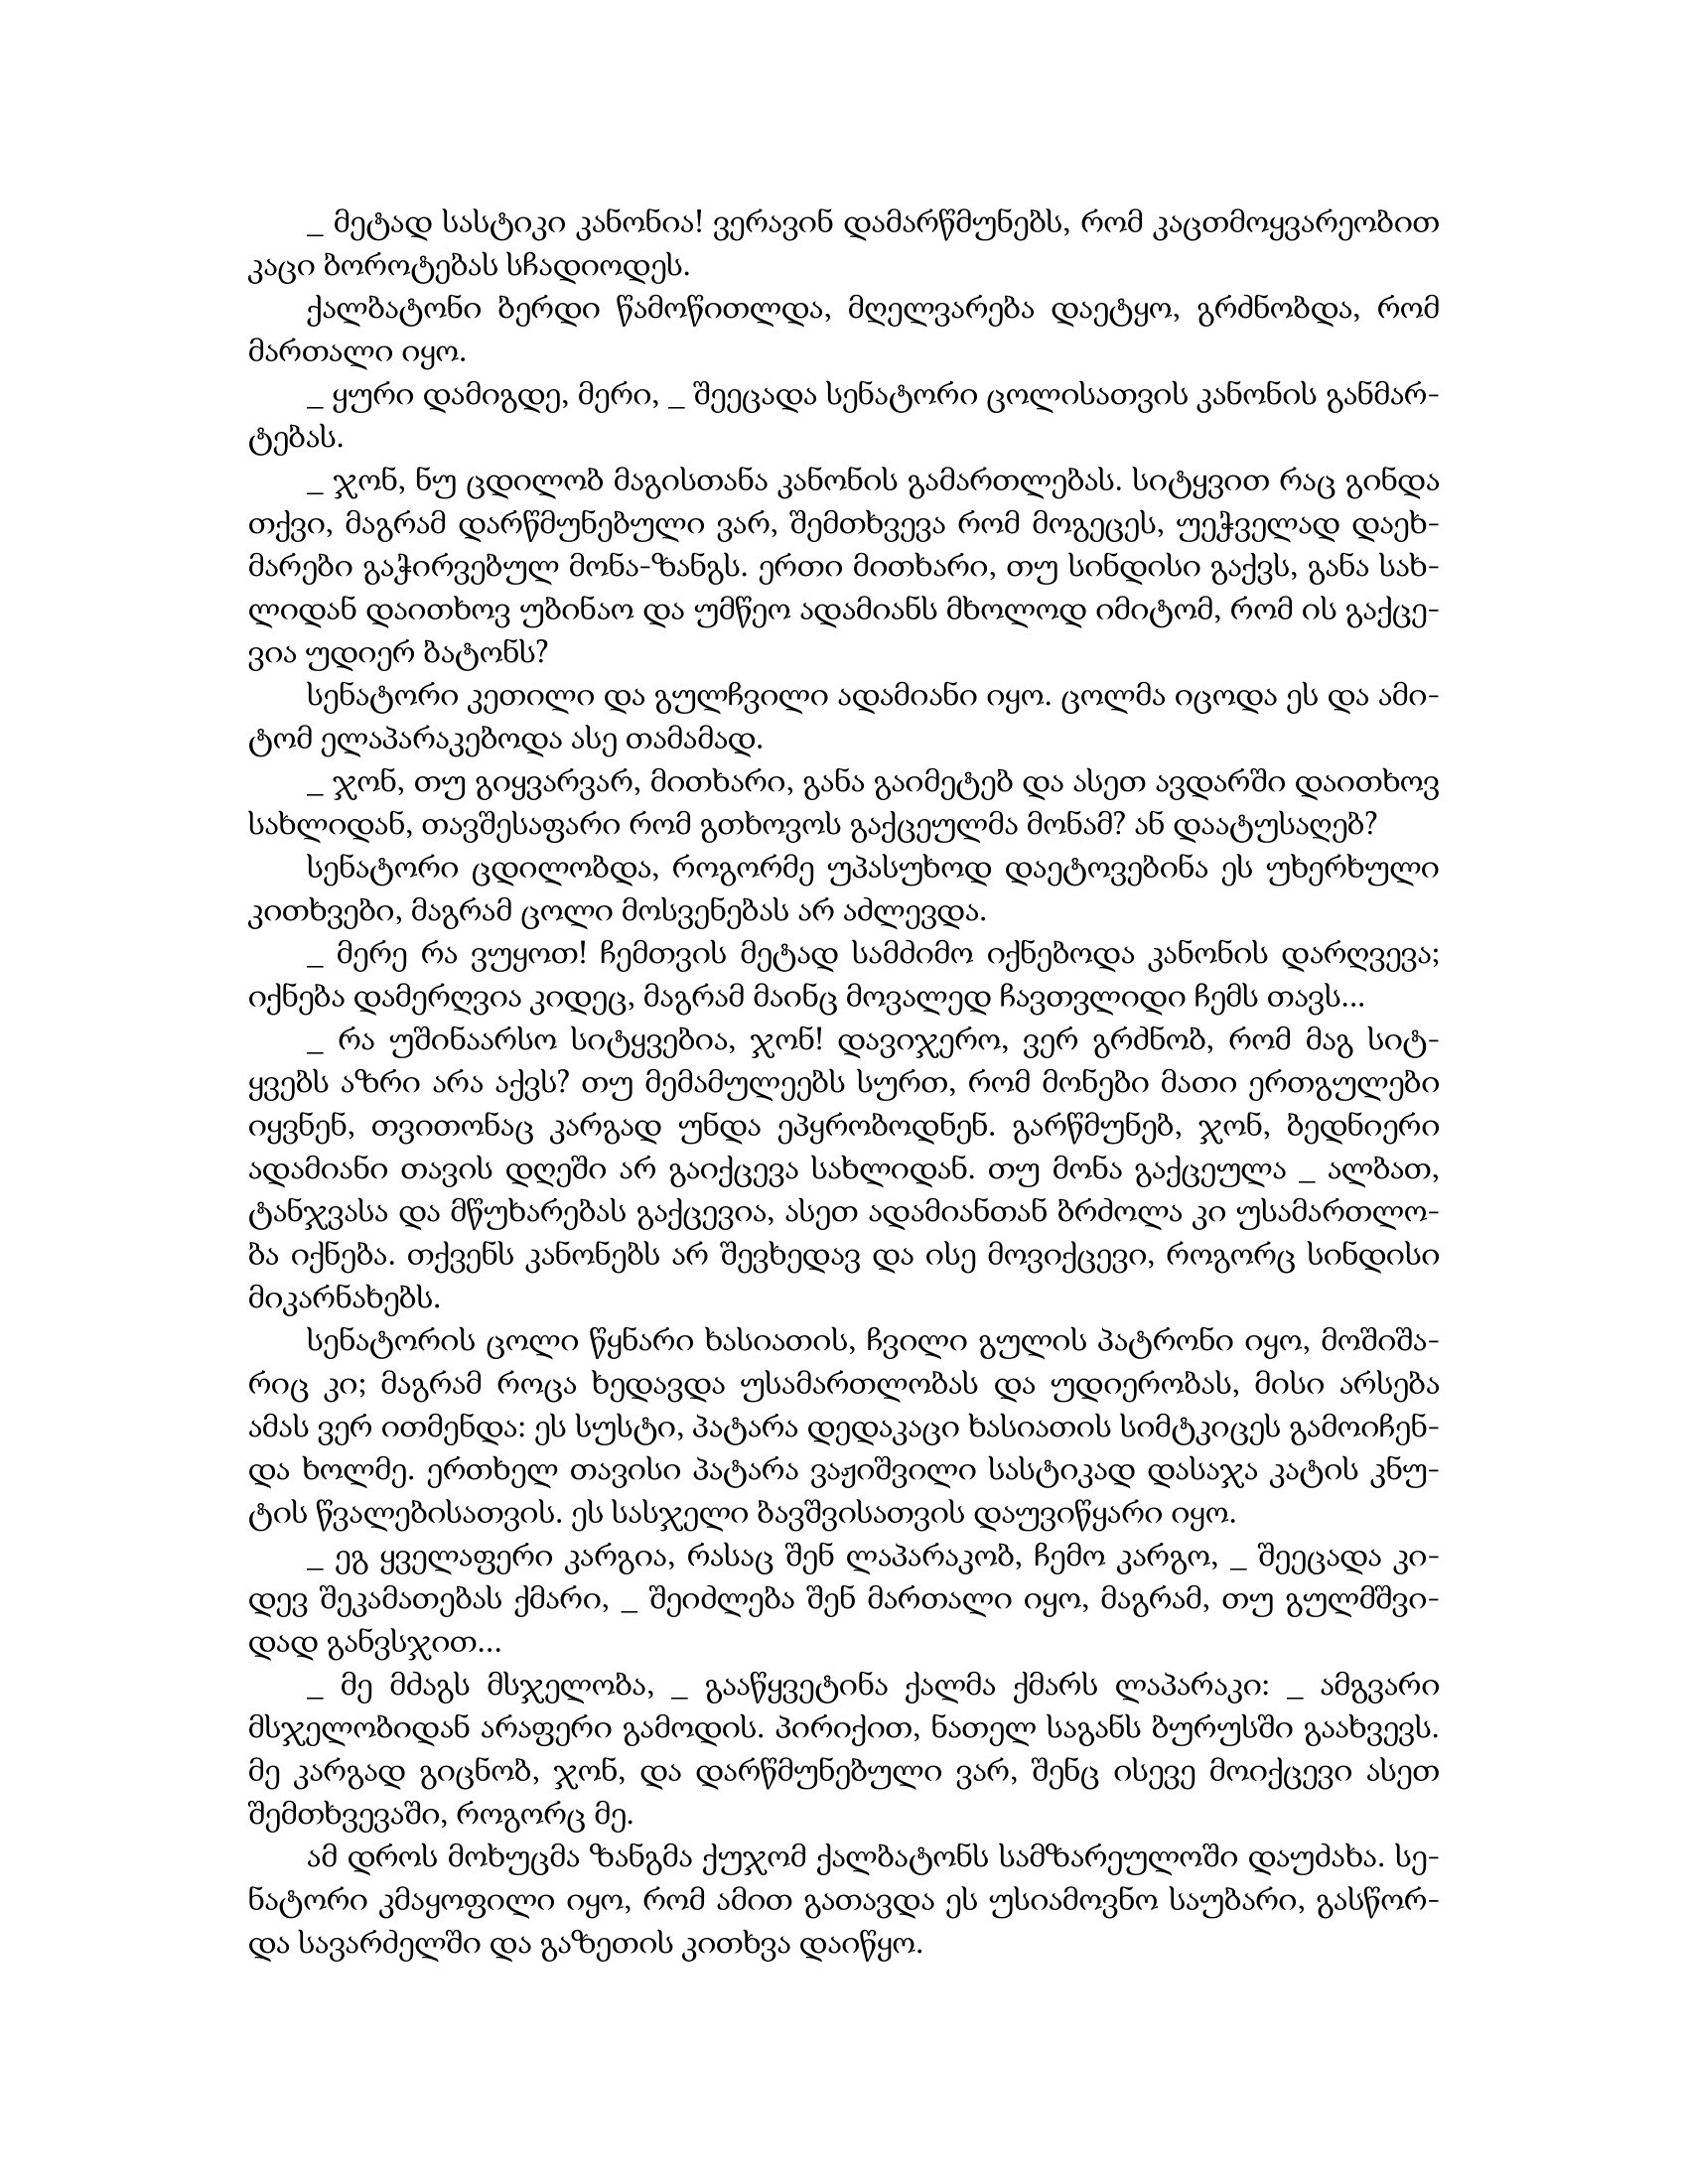
Language: gr